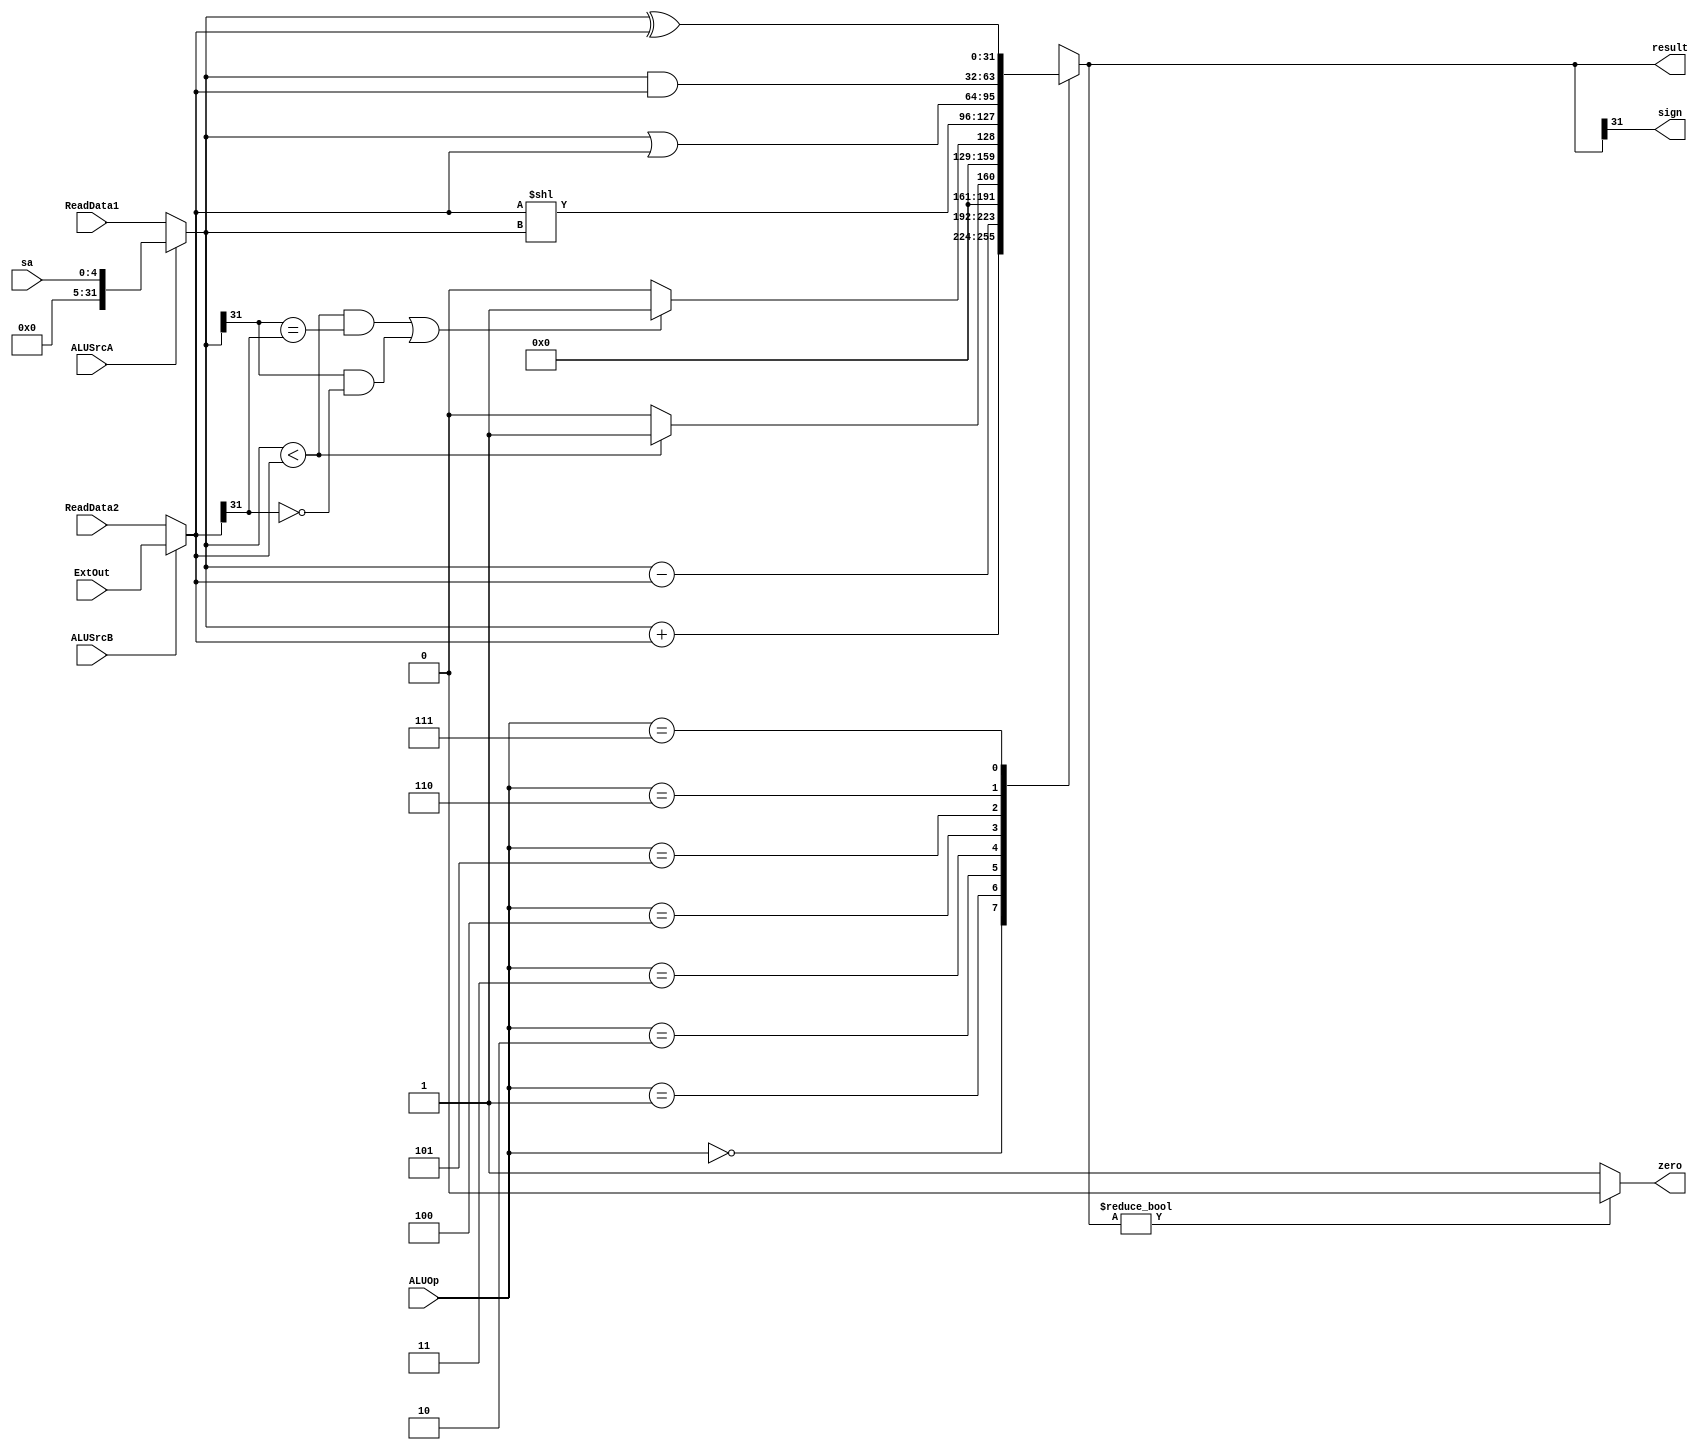
`timescale 1ns / 1ps
//////////////////////////////////////////////////////////////////////////////////
// Company: 
// Engineer: 
// 
// Design Name: 
// Module Name: ALU
// Project Name: 
// Target Devices: 
// Tool Versions: 
// Description: 
// 
// Dependencies: 
// 
// Revision:
// Revision 0.01 - File Created
// Additional Comments:
// 
//////////////////////////////////////////////////////////////////////////////////


module ALU(
    input ALUSrcA,
    input ALUSrcB,
    input [2:0] ALUOp,
    input [31:0] ReadData1,
    input [31:0] ReadData2,
    input [4:0] sa,
    input [31:0] ExtOut,
    output reg [31:0] result,
    output wire zero,
    output wire sign
    );
    
    // 
    wire [31:0] A;
    wire [31:0] B;
    assign zero = (result ? 0 : 1);
    assign sign = result[31];
    // 
    assign A = (ALUSrcA ? sa : ReadData1);
    // 
    assign B = (ALUSrcB ? ExtOut : ReadData2);
    
    always @(A or B or ALUOp) begin
        case(ALUOp)
            3'b000: result <= A + B;
            3'b001: result<=  A - B;
            3'b010: result <= (A < B) ? 1 : 0;
            3'b011: result <= (((A < B) && (A[31] == B[31])) || ((A[31] == 1 && B[31] == 0))) ? 1 : 0;
            3'b100: result <= B << A;
            3'b101: result <= A | B;
            3'b110: result <= A & B;
            3'b111: result <= A ^ B;
            default: result <= 0;
        endcase
    end
endmodule